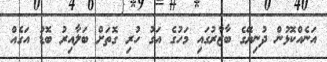
އަނެއްކޮޅުން ދުނިޔޭގެ ބާޒާރުގައި މަހުގެ އަގު ހުރި ގޮތަށް ބަލާއިރު ބޮޑު އަގެއް